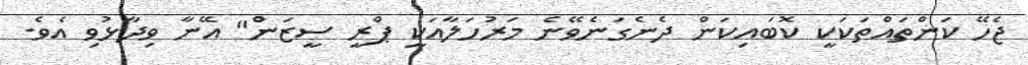
ޖެހޭ ކަންތައްތަކަކީ ކޮބައިކަން ދެނެގަނެވޭނެ މަރުހަލާއަކީ ޕްރީ ސީޒަން" އޭނާ ވިދާޅުވި އެވެ.